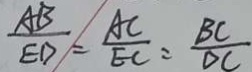
\frac { A B } { E D } = \frac { A C } { E C } = \frac { B C } { D C }